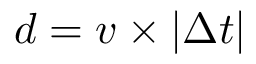
d = v \times \lvert \Delta t \rvert